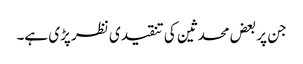
جن پر بعض محدثین کی تنقیدی نظر پڑی ہے۔